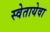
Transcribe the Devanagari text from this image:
स्वेतायेवा